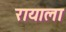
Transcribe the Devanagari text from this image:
रायाला